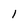
Character: 1